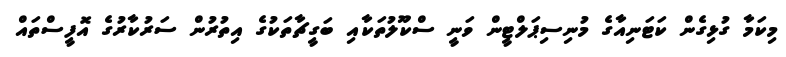
މިކަމާ ގުޅިގެން ކަޓަނިއާގެ މުނިސިޕަލްޓީން ވަނީ ސްކޫލުތަކާއި ބަގީޗާތަކުގެ އިތުރުން ސަރުކާރުގެ އޮފީސްތައް